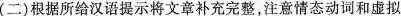
(二)根据所给汉语提示将文章补充完整,注意情态动词和虚拟